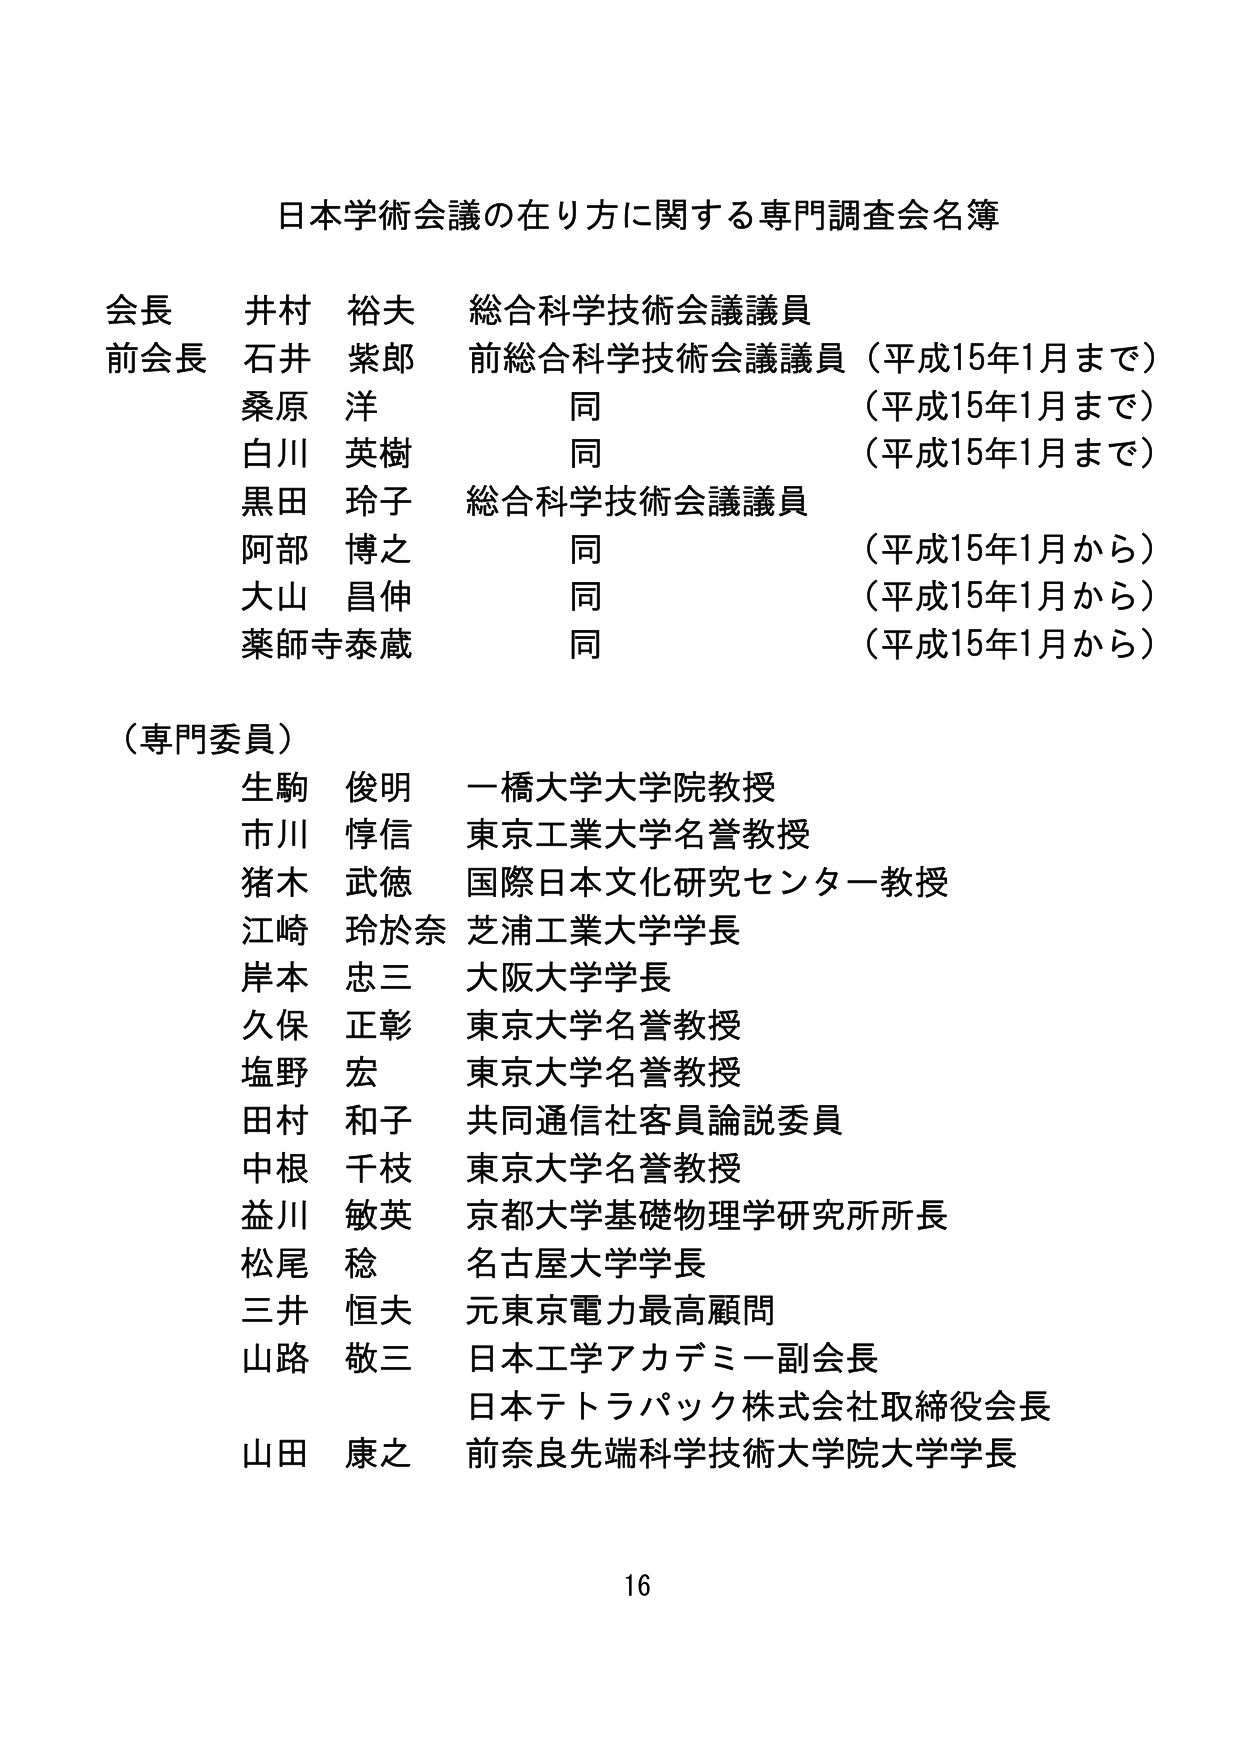
日本学術会議の在り方に関する専門調査会名簿

会長 井村 裕夫 総合科学技術会議議員
前会長 石井 紫郎 前総合科学技術会議議員（平成15年1月まで）
　　　 桑原 洋 同 （平成15年1月まで）
　　　 白川 英樹 同 （平成15年1月まで）
　　　 黒田 玲子 総合科学技術会議議員
　　　 阿部 博之 同 （平成15年1月から）
　　　 大山 昌伸 同 （平成15年1月から）
　　　 薬師寺泰蔵 同 （平成15年1月から）

（専門委員）
生駒 俊明 一橋大学大学院教授
市川 惇信 東京工業大学名誉教授
猪木 武徳 国際日本文化研究センター教授
江崎 玲於奈 芝浦工業大学学長
岸本 忠三 大阪大学学長
久保 正彰 東京大学名誉教授
塩野 宏 東京大学名誉教授
田村 和子 共同通信社客員論説委員
中根 千枝 東京大学名誉教授
益川 敏英 京都大学基礎物理学研究所所長
松尾 稔 名古屋大学学長
三井 恒夫 元東京電力最高顧問
山路 敬三 日本工学アカデミー副会長
　　　　　 日本テトラパック株式会社取締役会長
山田 康之 前奈良先端科学技術大学院大学学長

16